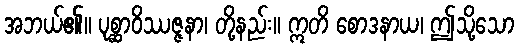
အဘယ်၏။ ပုစ္ဆာဝိဿဇ္ဇနာ၊ တို့နည်း။ ဣတိ စောဒနာယ၊ ဤသို့သော